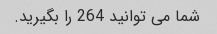
شما می توانید 264 را بگیرید.